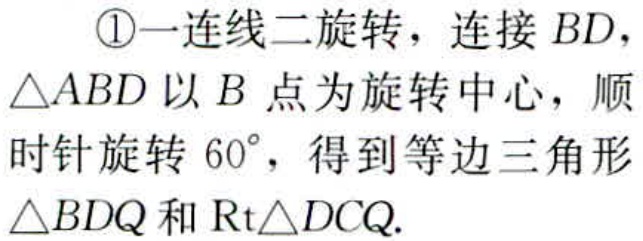
\textcircled{1}一连线二旋转，连接 \(BD\)，\(\triangle ABD\) 以 \(B\) 点为旋转中心，顺时针旋转 \(60^{\circ}\)，得到等边三角形 \(\triangle BDQ\) 和 \(\text{Rt}\triangle DCQ\).